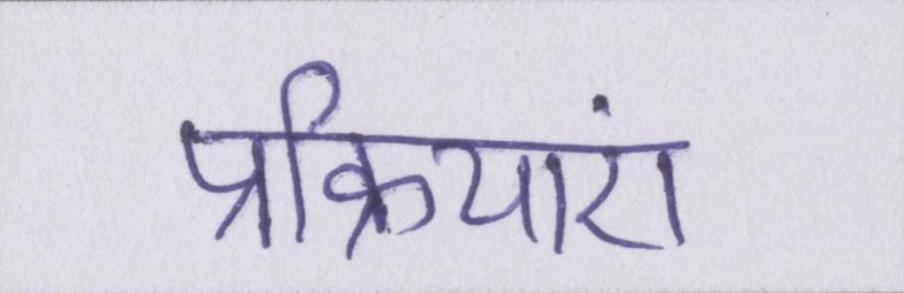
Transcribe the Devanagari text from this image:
प्रक्रियाएं